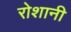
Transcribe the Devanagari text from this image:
रोशानी